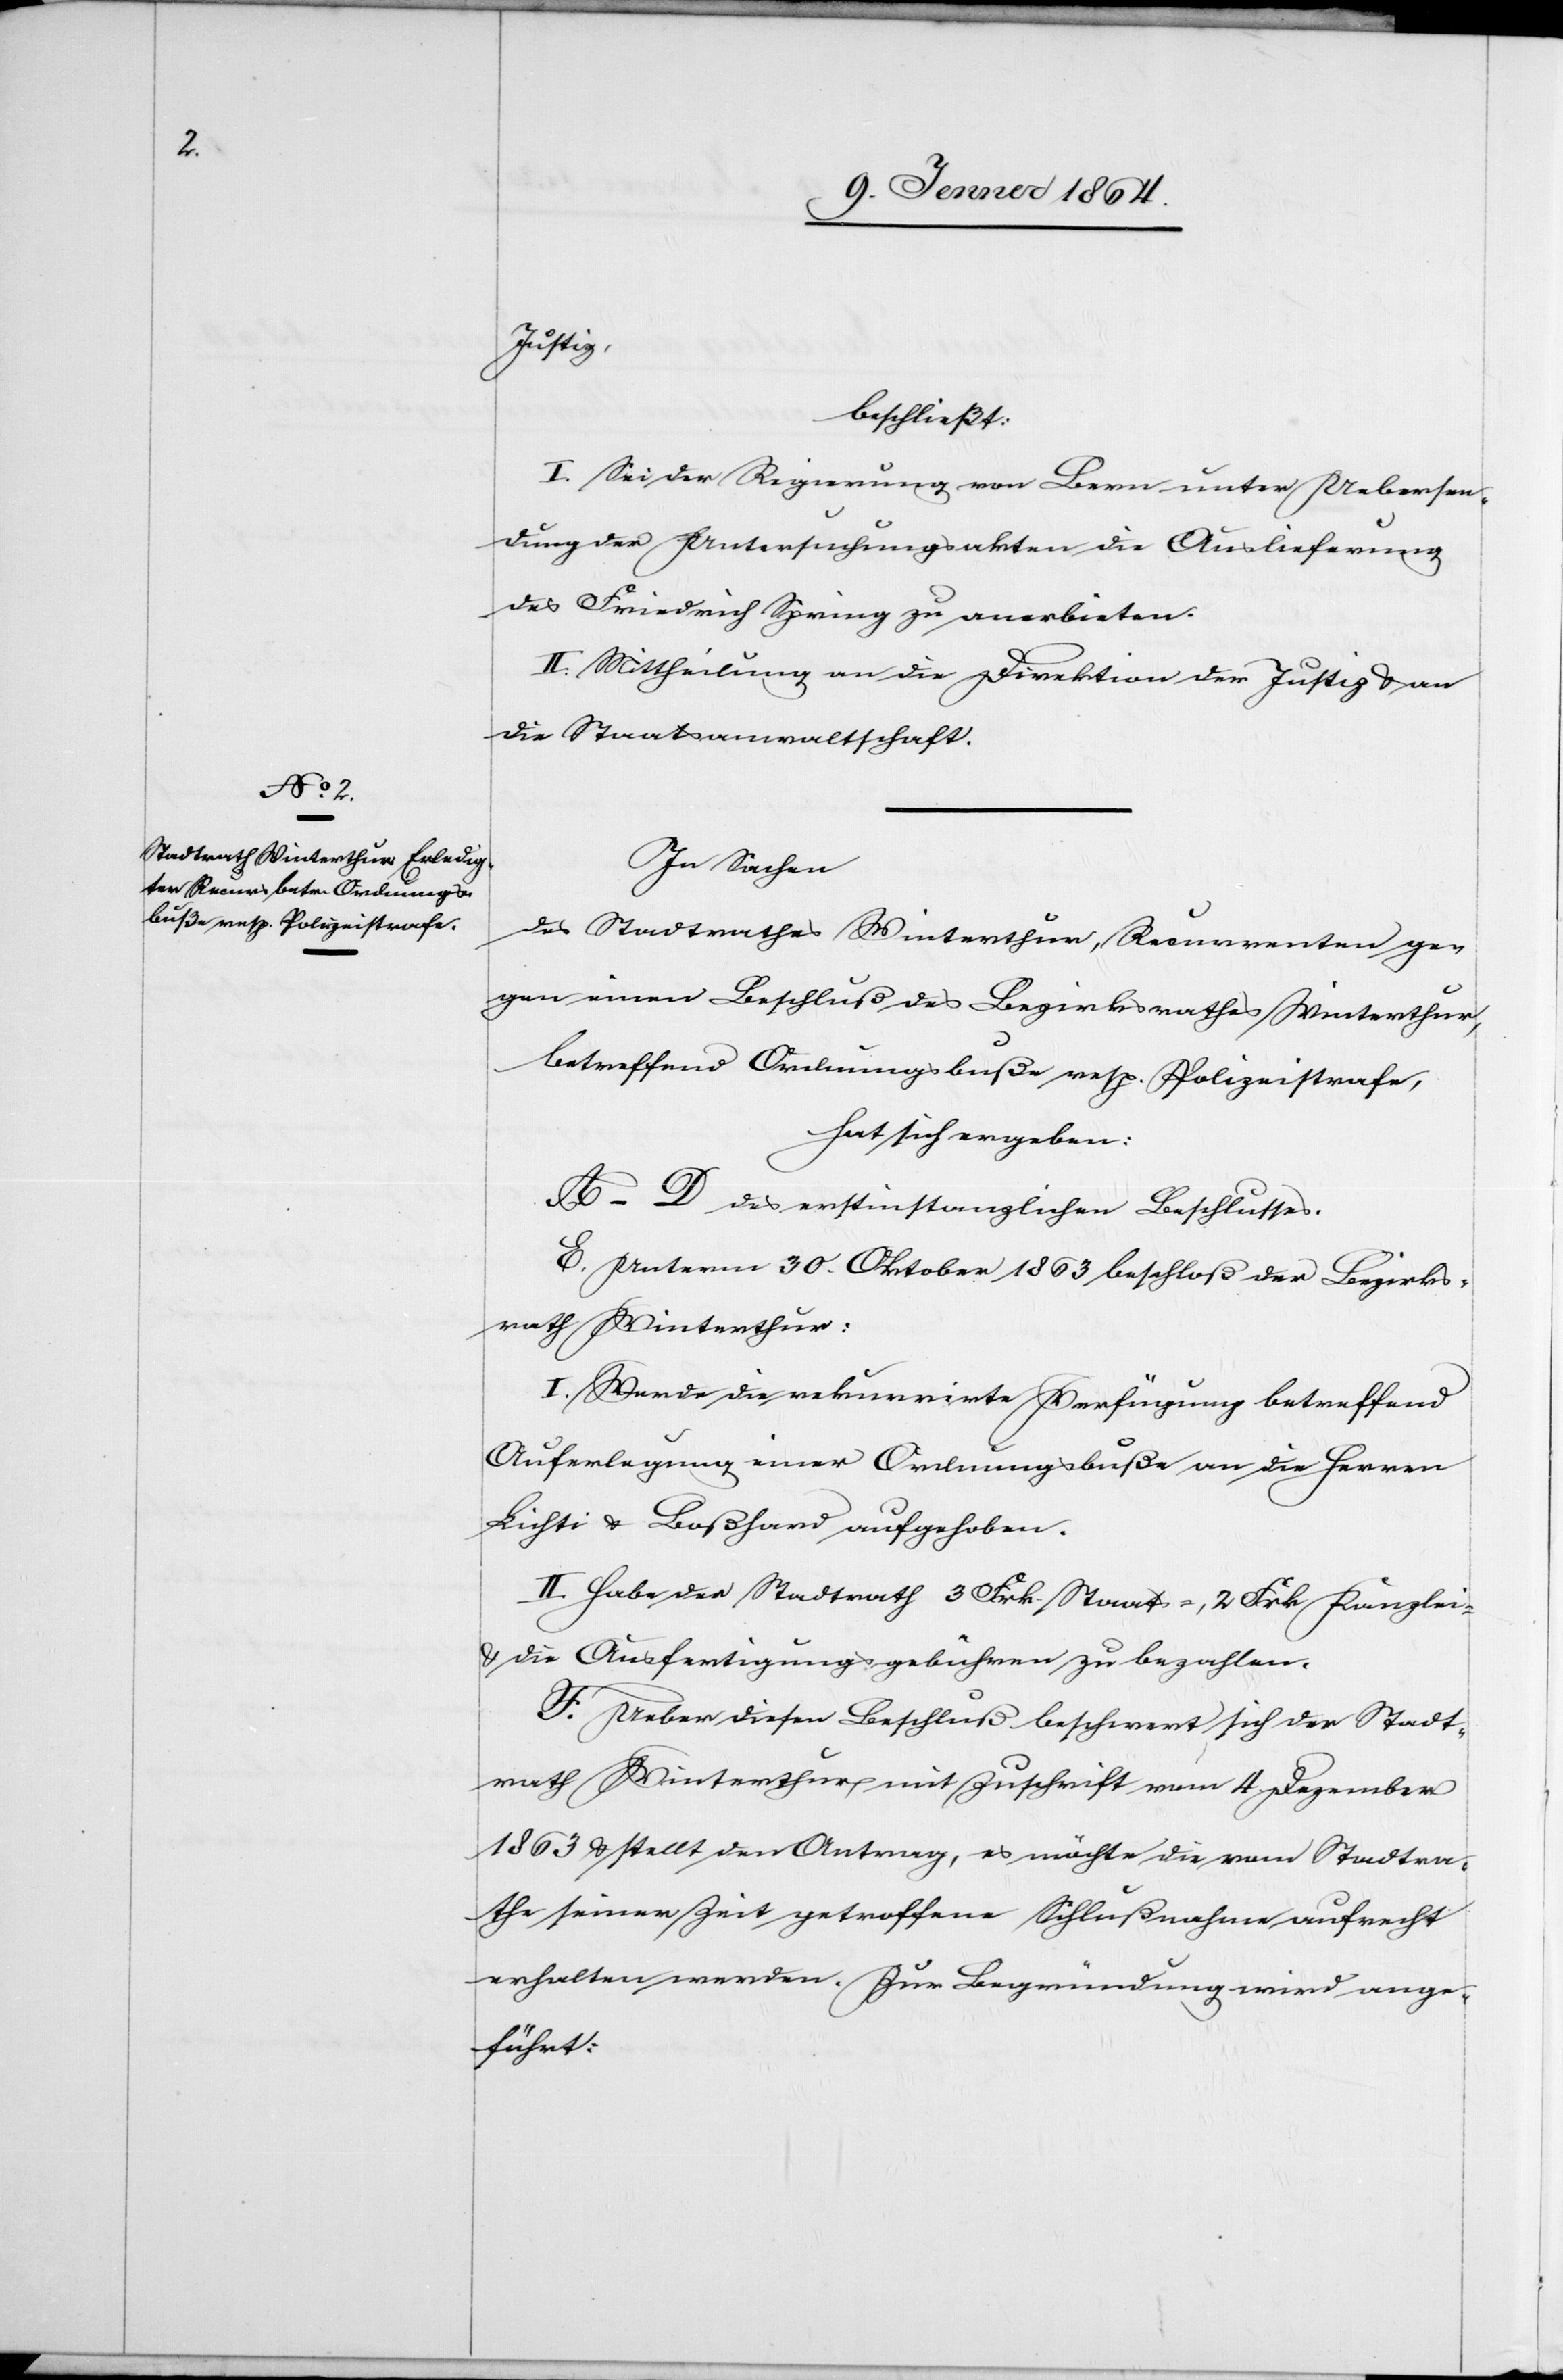
Justiz
beschließt:
I. Sei der Regierung von Bern unter Uebersen¬
dung der Untersuchungsakten die Auslieferung
des Friedrich Spring zu anerbieten.
II. Mittheilung an die Direktion der Justiz u. an
die Staatsanwaltschaft.
In Sachen
des Stadtrathes Winterthur, Recurrenten ge¬
gen einen Beschluß des Bezirksrathes Winterthur,
betreffend Ordnungsbuße resp. Polizeistrafe,
hat sich ergeben:
A–D des erstinstanzlichen Beschlusses.
E. Unterm 30. Oktober 1863 beschloß der Bezirks¬
rath Winterthur:
I. Werde die rekurrirte Verfügung betreffend
Auferlegung einer Ordnungsbuße an die Herren
Lichti u. Boßhard aufgehoben.
II. Habe der Stadtrath 3 Frk. Staats-, 2 Frk Kanzlei-
u. die Ausfertigungsgebühren zu bezahlen.
F. Ueber diesen Beschluß beschwert sich der Stadt¬
rath Winterthur mit Zuschrift vom 4. Dezember
1863 u. stellt den Antrag, es möchte die vom Stadtra¬
the seiner Zeit getroffene Schlußnahme aufrecht
erhalten werden. Zur Begründung wird ange¬
führt: